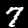
Digit: 7